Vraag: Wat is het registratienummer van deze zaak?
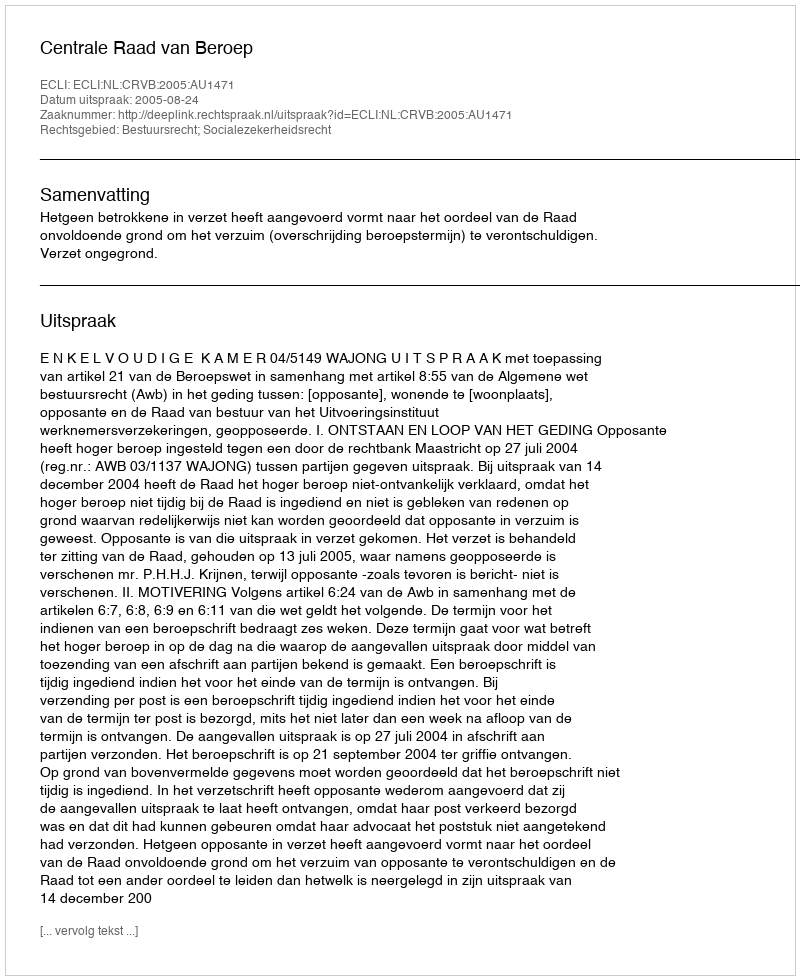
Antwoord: http://deeplink.rechtspraak.nl/uitspraak?id=ECLI:NL:CRVB:2005:AU1471